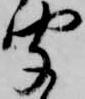
聞